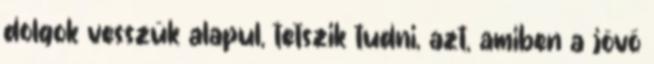
dolgok vesszük alapul, tetszik tudni, azt, amiben a jövő